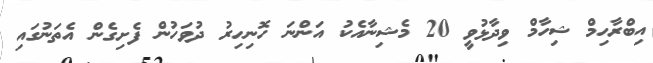
އިބްރާހިމް ޝިހާމް ވިދާޅުވީ 20 މެޝިނާއެކު އަންނަ ހޮނިހިރު ދުވަހުން ފެށިގެން އެތަނުގައި